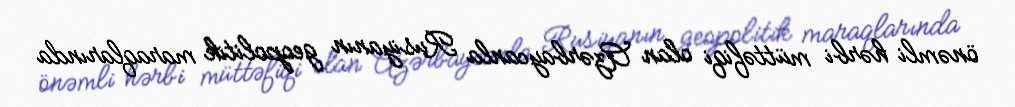
önəmli hərbi müttəfiqi olan Azərbaycanla Rusiyanın geopolitik maraqlarında